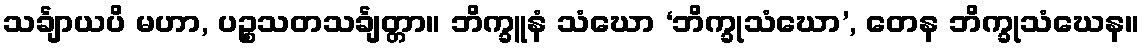
သင်္ချာယပိ မဟာ, ပဉ္စသတသင်္ချတ္တာ။ ဘိက္ခူနံ သံဃော ‘ဘိက္ခုသံဃော’, တေန ဘိက္ခုသံဃေန။